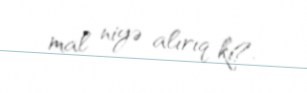
mal niyə alırıq ki?.